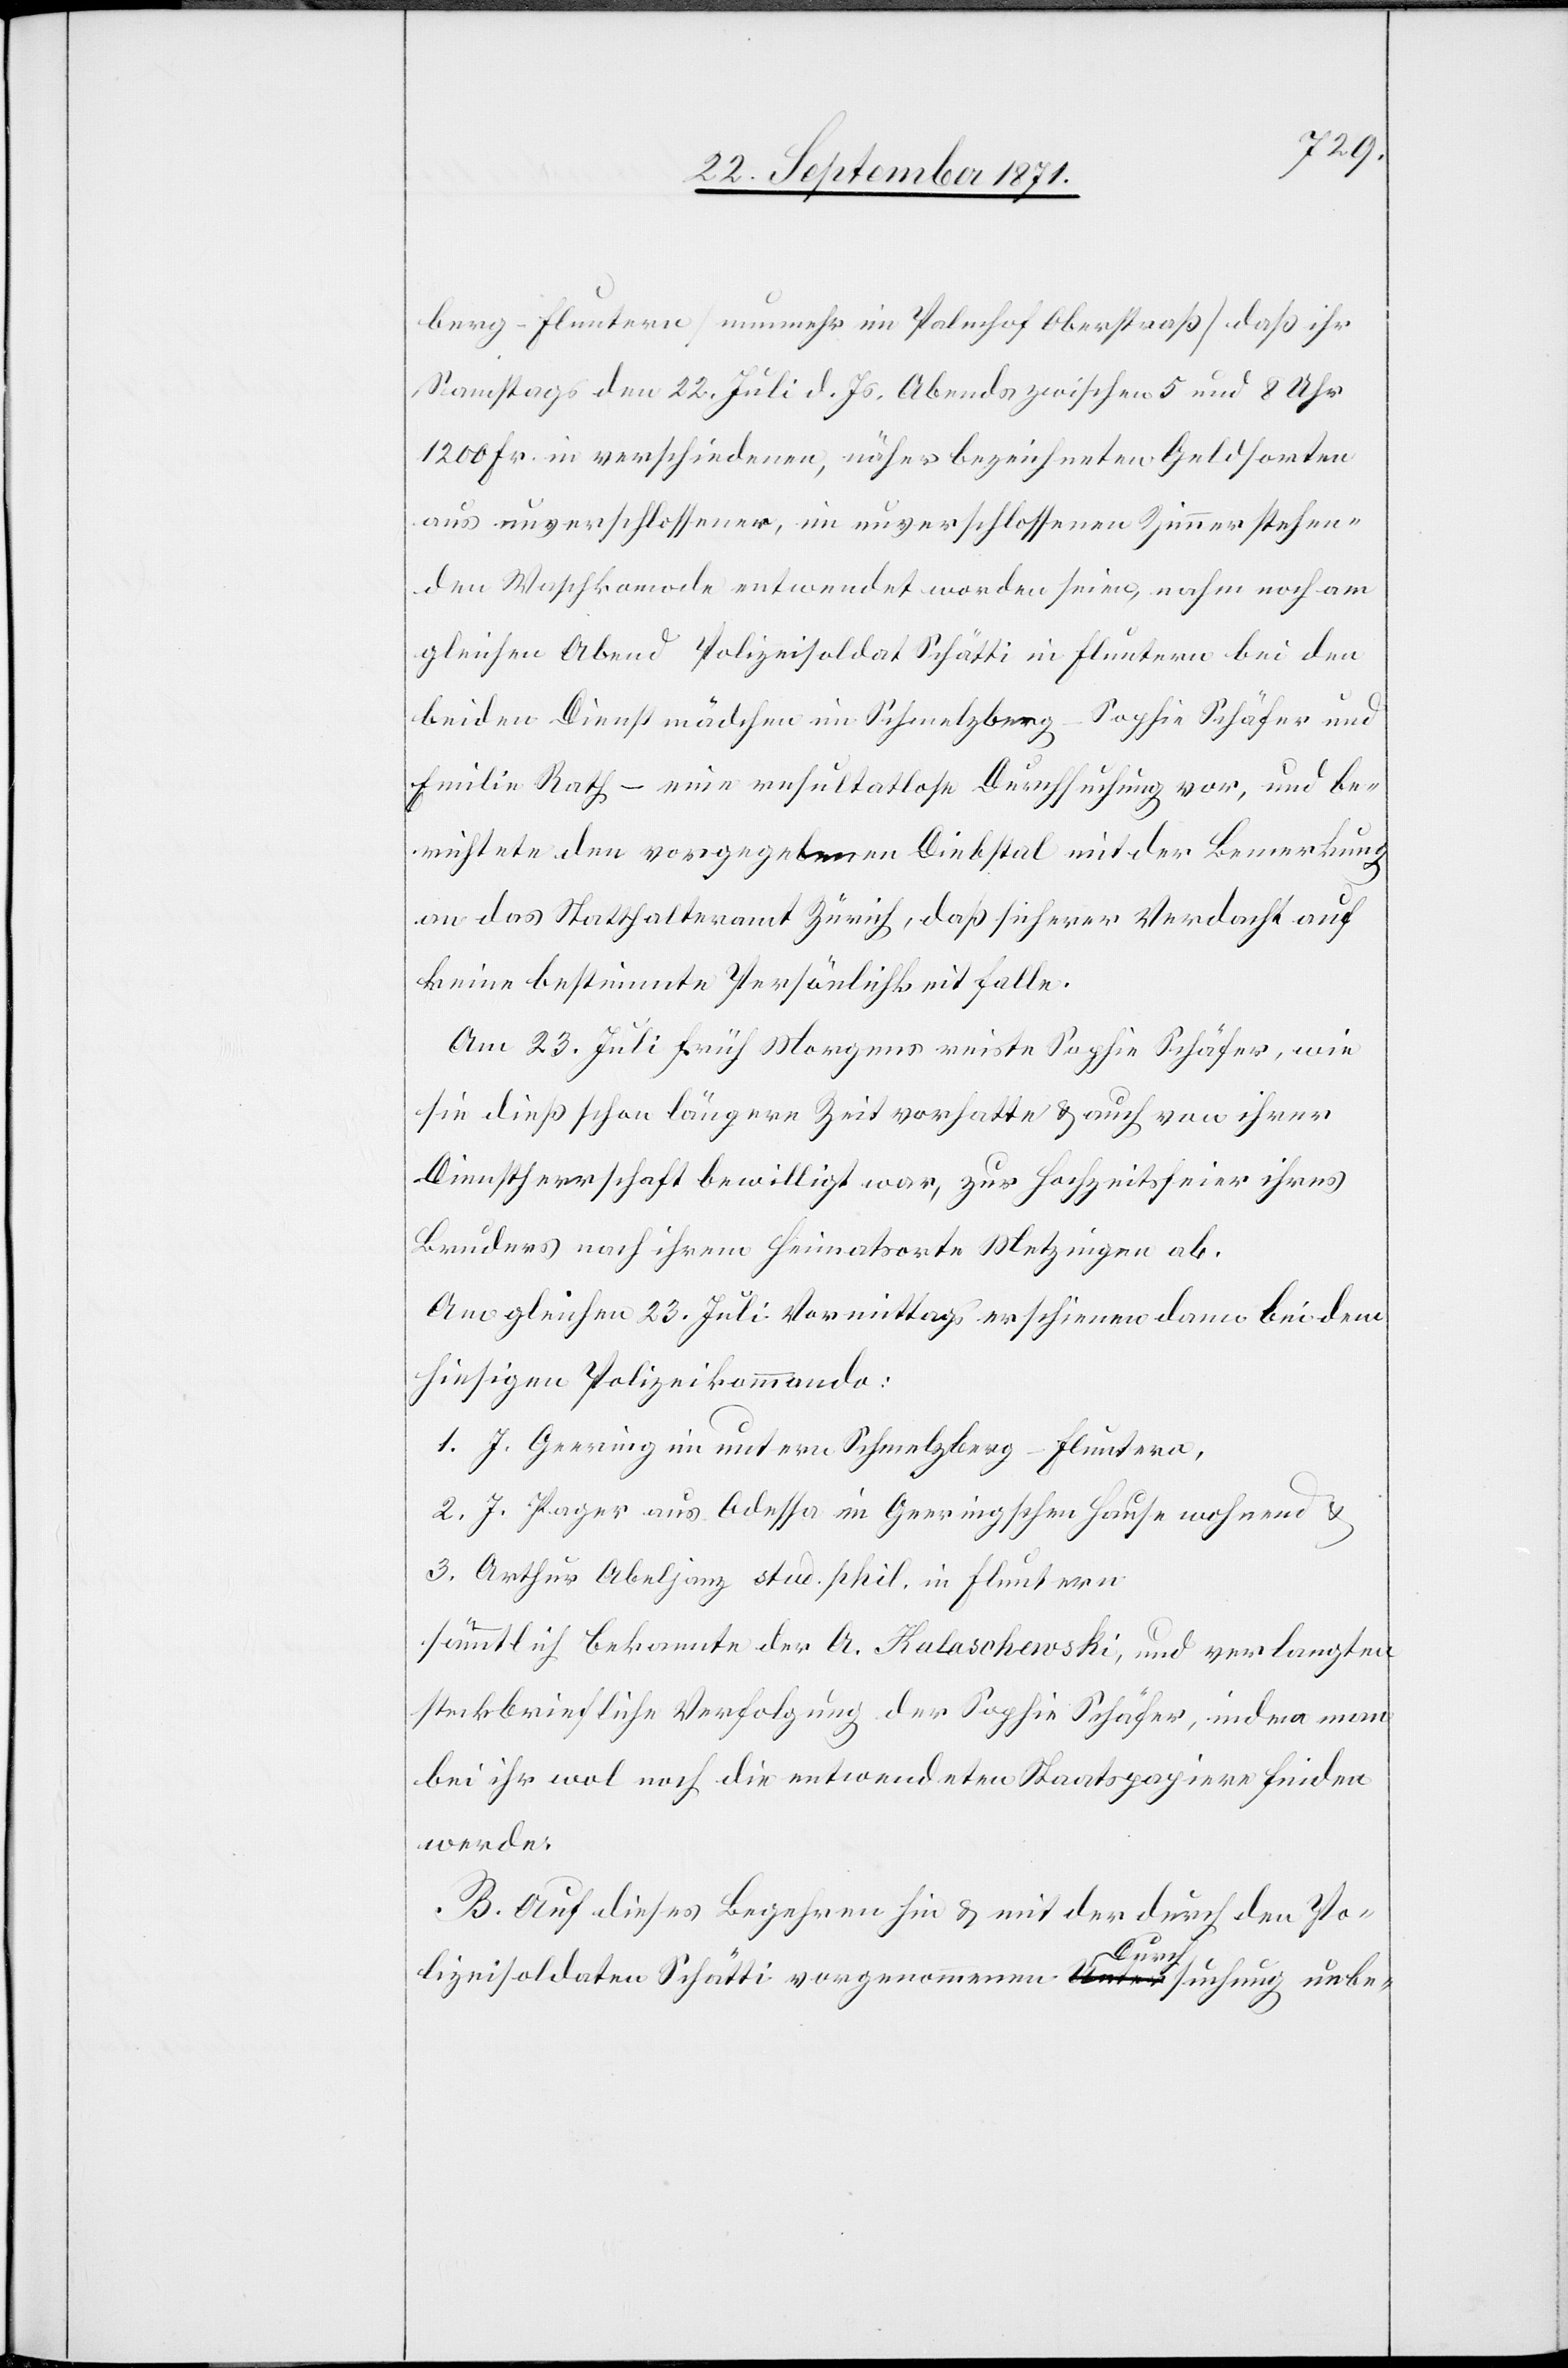
berg-Fluntern [nunmehr im Palmhof Oberstraß] daß ihr
Samstags den 22. Juli d. Js. Abends zwischen 5 und 8 Uhr
1200 Fr. in verschiedenen, näher bezeichneten Geldsorten
aus unverschlossener, im unverschlossenen Zimmer stehen¬
den Waschkomode entwendet worden seien, nahm noch am
gleichen Abend Polizeisoldat Schätti in Fluntern bei den
beiden Dienstmädchen im Schmelzberg – Sophie Schäfer und
Emilie Rath – eine resultatlose Durchsuchung vor, und be¬
richtete den vorgegebenen Diebstal mit der Bemerkung
an das Statthalteramt Zürich, daß sicherer Verdacht auf
keine bestimmte Persönlichkeit falle.
Am 23. Juli früh Morgens reiste Sophie Schäfer, wie
sie dieß schon längere Zeit vorhatte & auch von ihrer
Dienstherrschaft bewilligt war, zur Hochzeit ihres
Bruders nach ihrem Heimatorte Wetzingen ab.
Am gleichen 23. Juli Vormittags erschienen dann bei dem
hiesigen Polizeikommando:
1. J. Geering im untern Schmelzberg-Fluntern,
2. J. Pager aus Odessa im Geeringschen Hause wohnend &
3. Arthur Abeljanz stud. phil. in Fluntern
sämmtlich bekannte der A. Kalaschewski, und verlangten
steckbriefliche Verfolgung der Sophie Schäfer, indem man
bei ihr wol noch die entwendeten Staatspapiere finden
werde.
B. Auf dieses Begehren hin & mit der durch den Po¬
lizeisoldaten Schätti vorgenommenen Durchsuchung unbe-